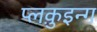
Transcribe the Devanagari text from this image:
प्लक़ुइन्ग